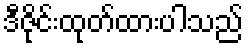
ဒီဇိုင်းထုတ်ထားပါသည်